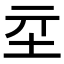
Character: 𡉝